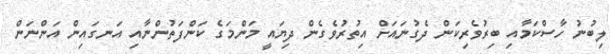
ލިބުނު ހާސްކަމާއި ބިރުވެރިކަން ދެގުނައަށް އިތުރުވެގެން ދިޔައީ މަންމަގެ ކަންފަތުންނާއި އަނގައިން އަންނަން